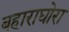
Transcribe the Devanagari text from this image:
बहाराघोरा